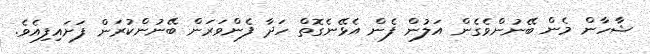
ޝާހާން މެން ބޭނުންވެގެން އަލުން ފެން އެޅޭނެގޮތް ހަދާ ފެންވަރަން ބޭނުންކުރަން ފަށައިފިއެވެ.